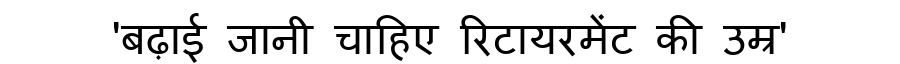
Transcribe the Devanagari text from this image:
'बढ़ाई जानी चाहिए रिटायरमेंट की उम्र'